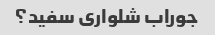
جوراب شلواری سفید؟